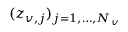
( z _ { v , j } ) _ { j = 1 , \dots , N _ { v } }